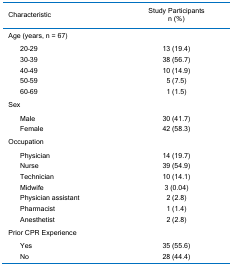
| <COLSPAN=2> Characteristic | Study Participantsn (%) |
 | --- | --- | --- |
 | <COLSPAN=2> Age (years, n = 67) |  |
 |  | 20–29 | 13 (19.4) |
 |  | 30–39 | 38 (56.7) |
 |  | 40–49 | 10 (14.9) |
 |  | 50–59 | 5 (7.5) |
 |  | 60–69 | 1 (1.5) |
 | <COLSPAN=2> Sex |  |
 |  | Male | 30 (41.7) |
 |  | Female | 42 (58.3) |
 | <COLSPAN=2> Occupation |  |
 |  | Physician | 14 (19.7) |
 |  | Nurse | 39 (54.9) |
 |  | Technician | 10 (14.1) |
 |  | Midwife | 3 (0.04) |
 |  | Physician assistant | 2 (2.8) |
 |  | Pharmacist | 1 (1.4) |
 |  | Anesthetist | 2 (2.8) |
 | <COLSPAN=2> Prior CPR Experience |  |
 |  | Yes | 35 (55.6) |
 |  | No | 28 (44.4) |